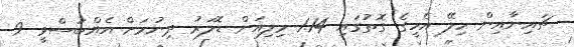
ޗައިނާއިން ހިލޭ އެހީގެ ގޮތުގައި 1.14 މިލިއަން ޑޮލަރު ދިނުމަށް އެއްބަސްވީ 9